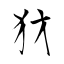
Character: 犲